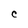
Character: C